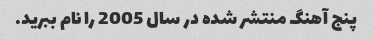
پنج آهنگ منتشر شده در سال 2005 را نام ببرید.